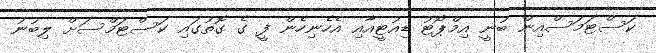
ކަސްޓަމަސްއިން ބުނީ އިމްޕޯޓު ޑިއުޓީއާއި އެހެނިހެން ފީ ގެ ގޮތުގައި ކަސްޓަމްސަށް ލިބުނު